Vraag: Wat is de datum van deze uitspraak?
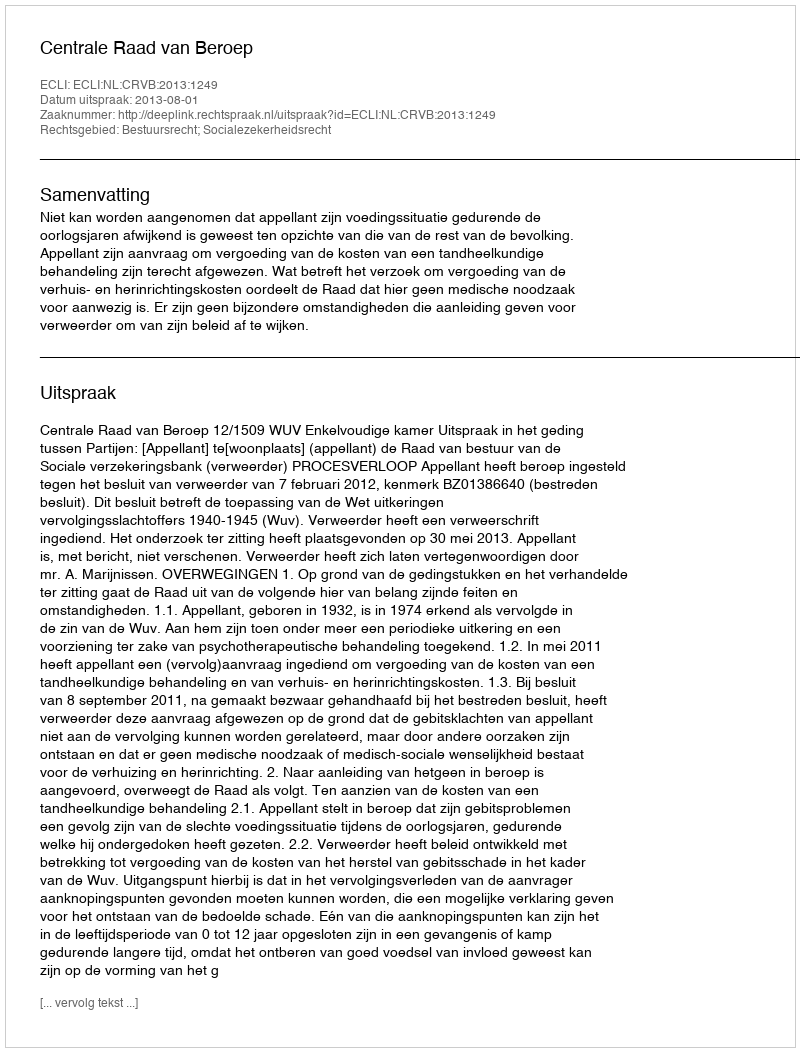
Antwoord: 2013-08-01